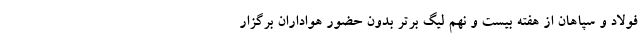
فولاد و سپاهان از هفته بیست و نهم لیگ برتر بدون حضور هواداران برگزار